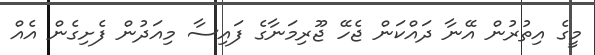
މީގެ އިތުރުން އޭނާ ދައްކަން ޖެހޭ ޖޫރިމަނާގެ ފައިސާ މިއަދުން ފެށިގެން އެއް